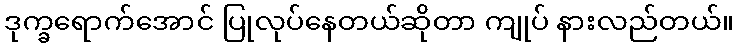
ဒုက္ခရောက်အောင် ပြုလုပ်နေတယ်ဆိုတာ ကျုပ် နားလည်တယ်။